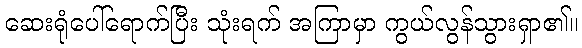
ဆေးရုံပေါ်ရောက်ပြီး သုံးရက် အကြာမှာ ကွယ်လွန်သွားရှာ၏။